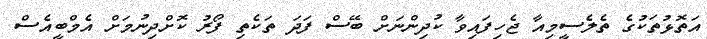
އަތޮޅުތަކުގެ ތެލެސީމިއާ ޖެހިފައިވާ ކުދިންނަށް ބޭސް ފަދަ ތަކެތި ފޯރު ކޮށްދިނުމަށް އެމްބީއެސް